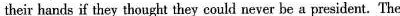
their hands if they thought they could never be a president. The